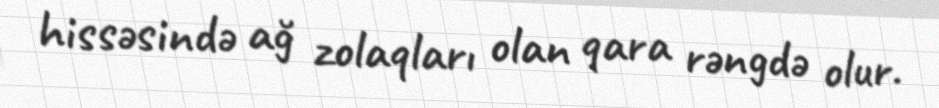
hissəsində ağ zolaqları olan qara rəngdə olur.